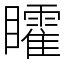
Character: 矐